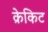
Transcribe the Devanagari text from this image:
क्रेकिट